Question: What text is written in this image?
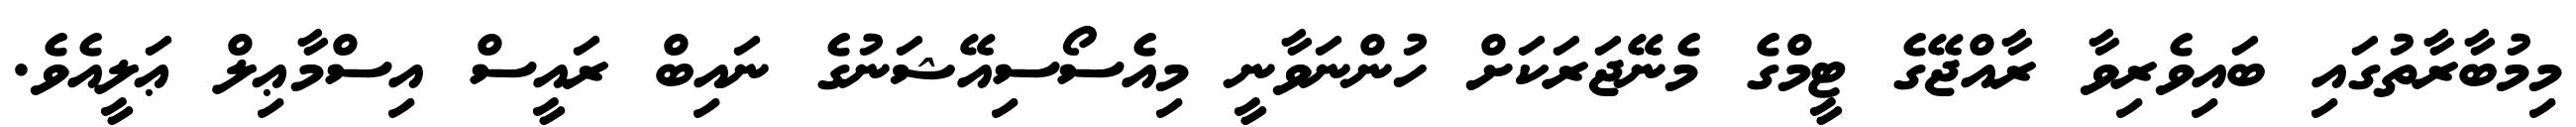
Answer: މިމުބާރާތުގައި ބައިވެރިވާ ރާއްޖޭގެ ޓީމްގެ މެނޭޖަރަކަށް ހުންނަވާނީ މިއެސޯސިއޭޝަނުގެ ނައިބް ރައީސް އިސްމާޢިލް ޢަލީއެވެ.